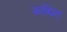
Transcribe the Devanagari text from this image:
कांश्चित्